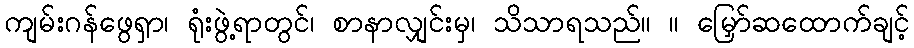
ကျမ်းဂန်ဖွေရှာ၊ ရုံးဖွဲ့ရာတွင်၊ စာနာလျှင်းမှ၊ သိသာရသည်။ ။ မြှော်ဆထောက်ချင့်